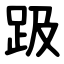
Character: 趿